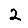
Digit: 2